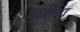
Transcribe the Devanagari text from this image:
युटाचा